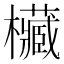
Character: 欌